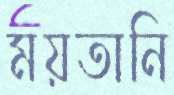
ময়তানি